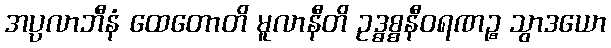
အပ္ပလာဘီနံ ထေတောတိ မူလာနီတိ ဥဒ္ဓစ္စနီဝရဏဉ္စ သွာဒယော